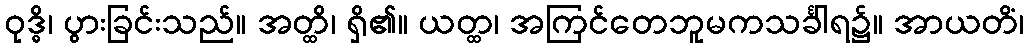
ဝုဒ္ဓိ၊ ပွားခြင်းသည်။ အတ္ထိ၊ ရှိ၏။ ယတ္ထ၊ အကြင်တေဘူမကသင်္ခါရ၌။ အာယတိံ၊